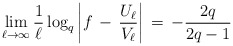
\begin{align*}\lim_{\ell \to \infty}\frac{1}{\ell} \log_{q} \left| f \, - \, \frac{U_{\ell}}{V_{\ell}} \right| \, = \, -\frac{2q}{2q - 1}\end{align*}